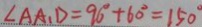
\angle A A _ { 1 } D = 9 6 ^ { \circ } + 6 0 ^ { \circ } = 1 5 0 ^ { \circ }